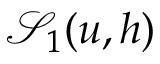
\mathcal { S } _ { 1 } ( u , h )